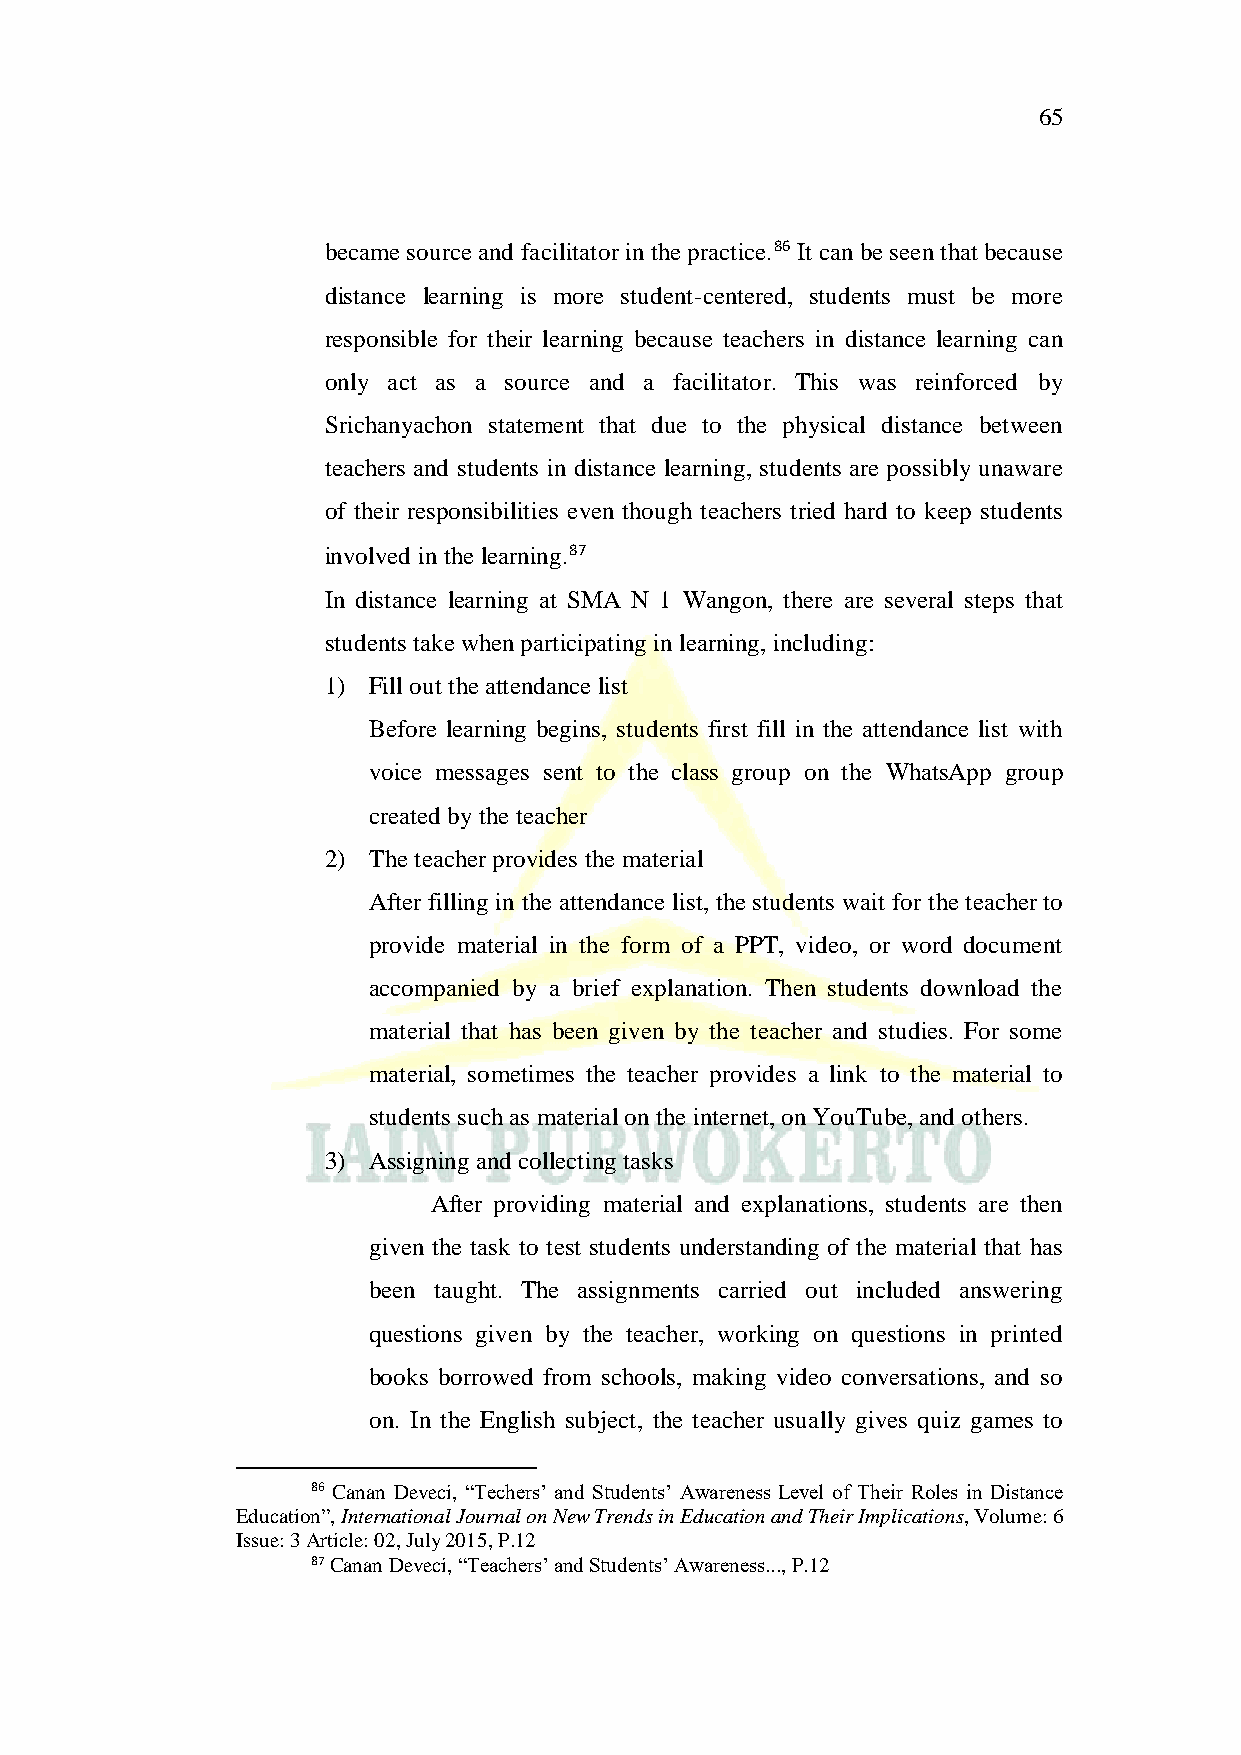
65
 became source and facilitator in the practice.86 It can be seen that because
 distance learning is more student-centered, students must be more
 responsible for their learning because teachers in distance learning can
 only act as a source and a facilitator. This was reinforced by
 Srichanyachon statement that due to the physical distance between
 teachers and students in distance learning, students are possibly unaware
 of their responsibilities even though teachers tried hard to keep students
 involved in the learning.87
 In distance learning at SMA N 1 Wangon, there are several steps that
 students take when participating in learning, including:
 1) Fill out the attendance list
 Before learning begins, students first fill in the attendance list with
 voice messages sent to the class group on the WhatsApp group
 created by the teacher
 2) The teacher provides the material
 After filling in the attendance list, the students wait for the teacher to
 provide material in the form of a PPT, video, or word document
 accompanied by a brief explanation. Then students download the
 material that has been given by the teacher and studies. For some
 material, sometimes the teacher provides a link to the material to
 students such as material on the internet, on YouTube, and others.
 3) Assigning and collecting tasks
 After providing material and explanations, students are then
 given the task to test students understanding of the material that has
 been taught. The assignments carried out included answering
 questions given by the teacher, working on questions in printed
 books borrowed from schools, making video conversations, and so
 on. In the English subject, the teacher usually gives quiz games to
 86 Canan Deveci, “Techers’ and Students’ Awareness Level of Their Roles in Distance
 Education”, International Journal on New Trends in Education and Their Implications, Volume: 6
 Issue: 3 Article: 02, July 2015, P.12
 87 Canan Deveci, “Teachers’ and Students’ Awareness..., P.12